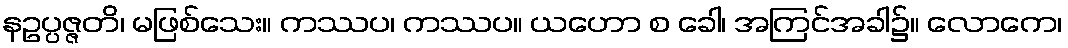
နဥပ္ပဇ္ဇတိ၊ မဖြစ်သေး။ ကဿပ၊ ကဿပ။ ယဟော စ ခေါ၊ အကြင်အခါ၌။ လောကေ၊